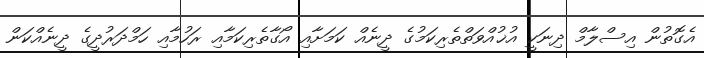
އެގޮތުން އިސްލާމް ދިނަކީ އުޚުއްވަތްތެރިކަމުގެ ދީނެއް ކަމަށާއި އޯގާތެރިކަމާއި ރަހުމާއި ހަމްދަރުދީގެ ދީނެއްކަން